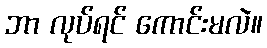
ဘာ လုပ်ရင် ကောင်းမလဲ။